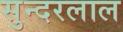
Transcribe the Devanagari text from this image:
सुन्‍दरलाल